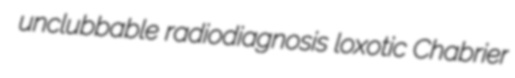
unclubbable radiodiagnosis loxotic Chabrier